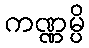
ကဏ္ဏမ္ပိ